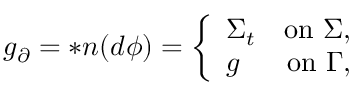
g _ { \partial } = \ast \boldsymbol { n } ( d \phi ) = \left\{ \begin{array} { l l } { \Sigma _ { t } \quad \mathrm { o n } \ \Sigma , } \\ { g \quad \ \ \mathrm { o n } \ \Gamma , } \end{array} \right.